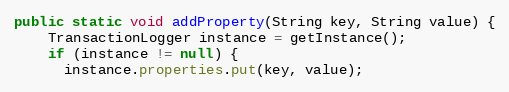
Language: Java
public static void addProperty(String key, String value) {
    TransactionLogger instance = getInstance();
    if (instance != null) {
      instance.properties.put(key, value);